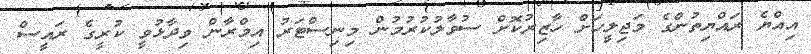
އިއްޔެ ރައްޔިތުންގެ މަޖިލީހަށް ހާޒިރުކޮށް ސުވާލުކުރުމުން މިނިސްޓަރު އިމްރާން ވިދާޅުވީ ކުރީގެ ރައީސް